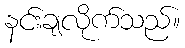
နင်းချလိုက်သည်။